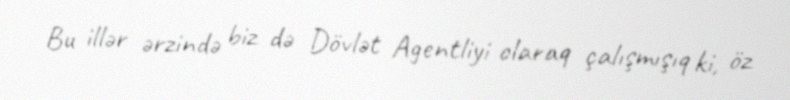
Bu illər ərzində biz də Dövlət Agentliyi olaraq çalışmışıq ki, öz